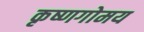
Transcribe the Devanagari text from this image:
कृष्णगोमय